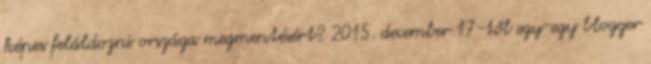
képes feláldozni országa megmentésért? 2015. december 17-től egy-egy blogger